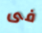
فى